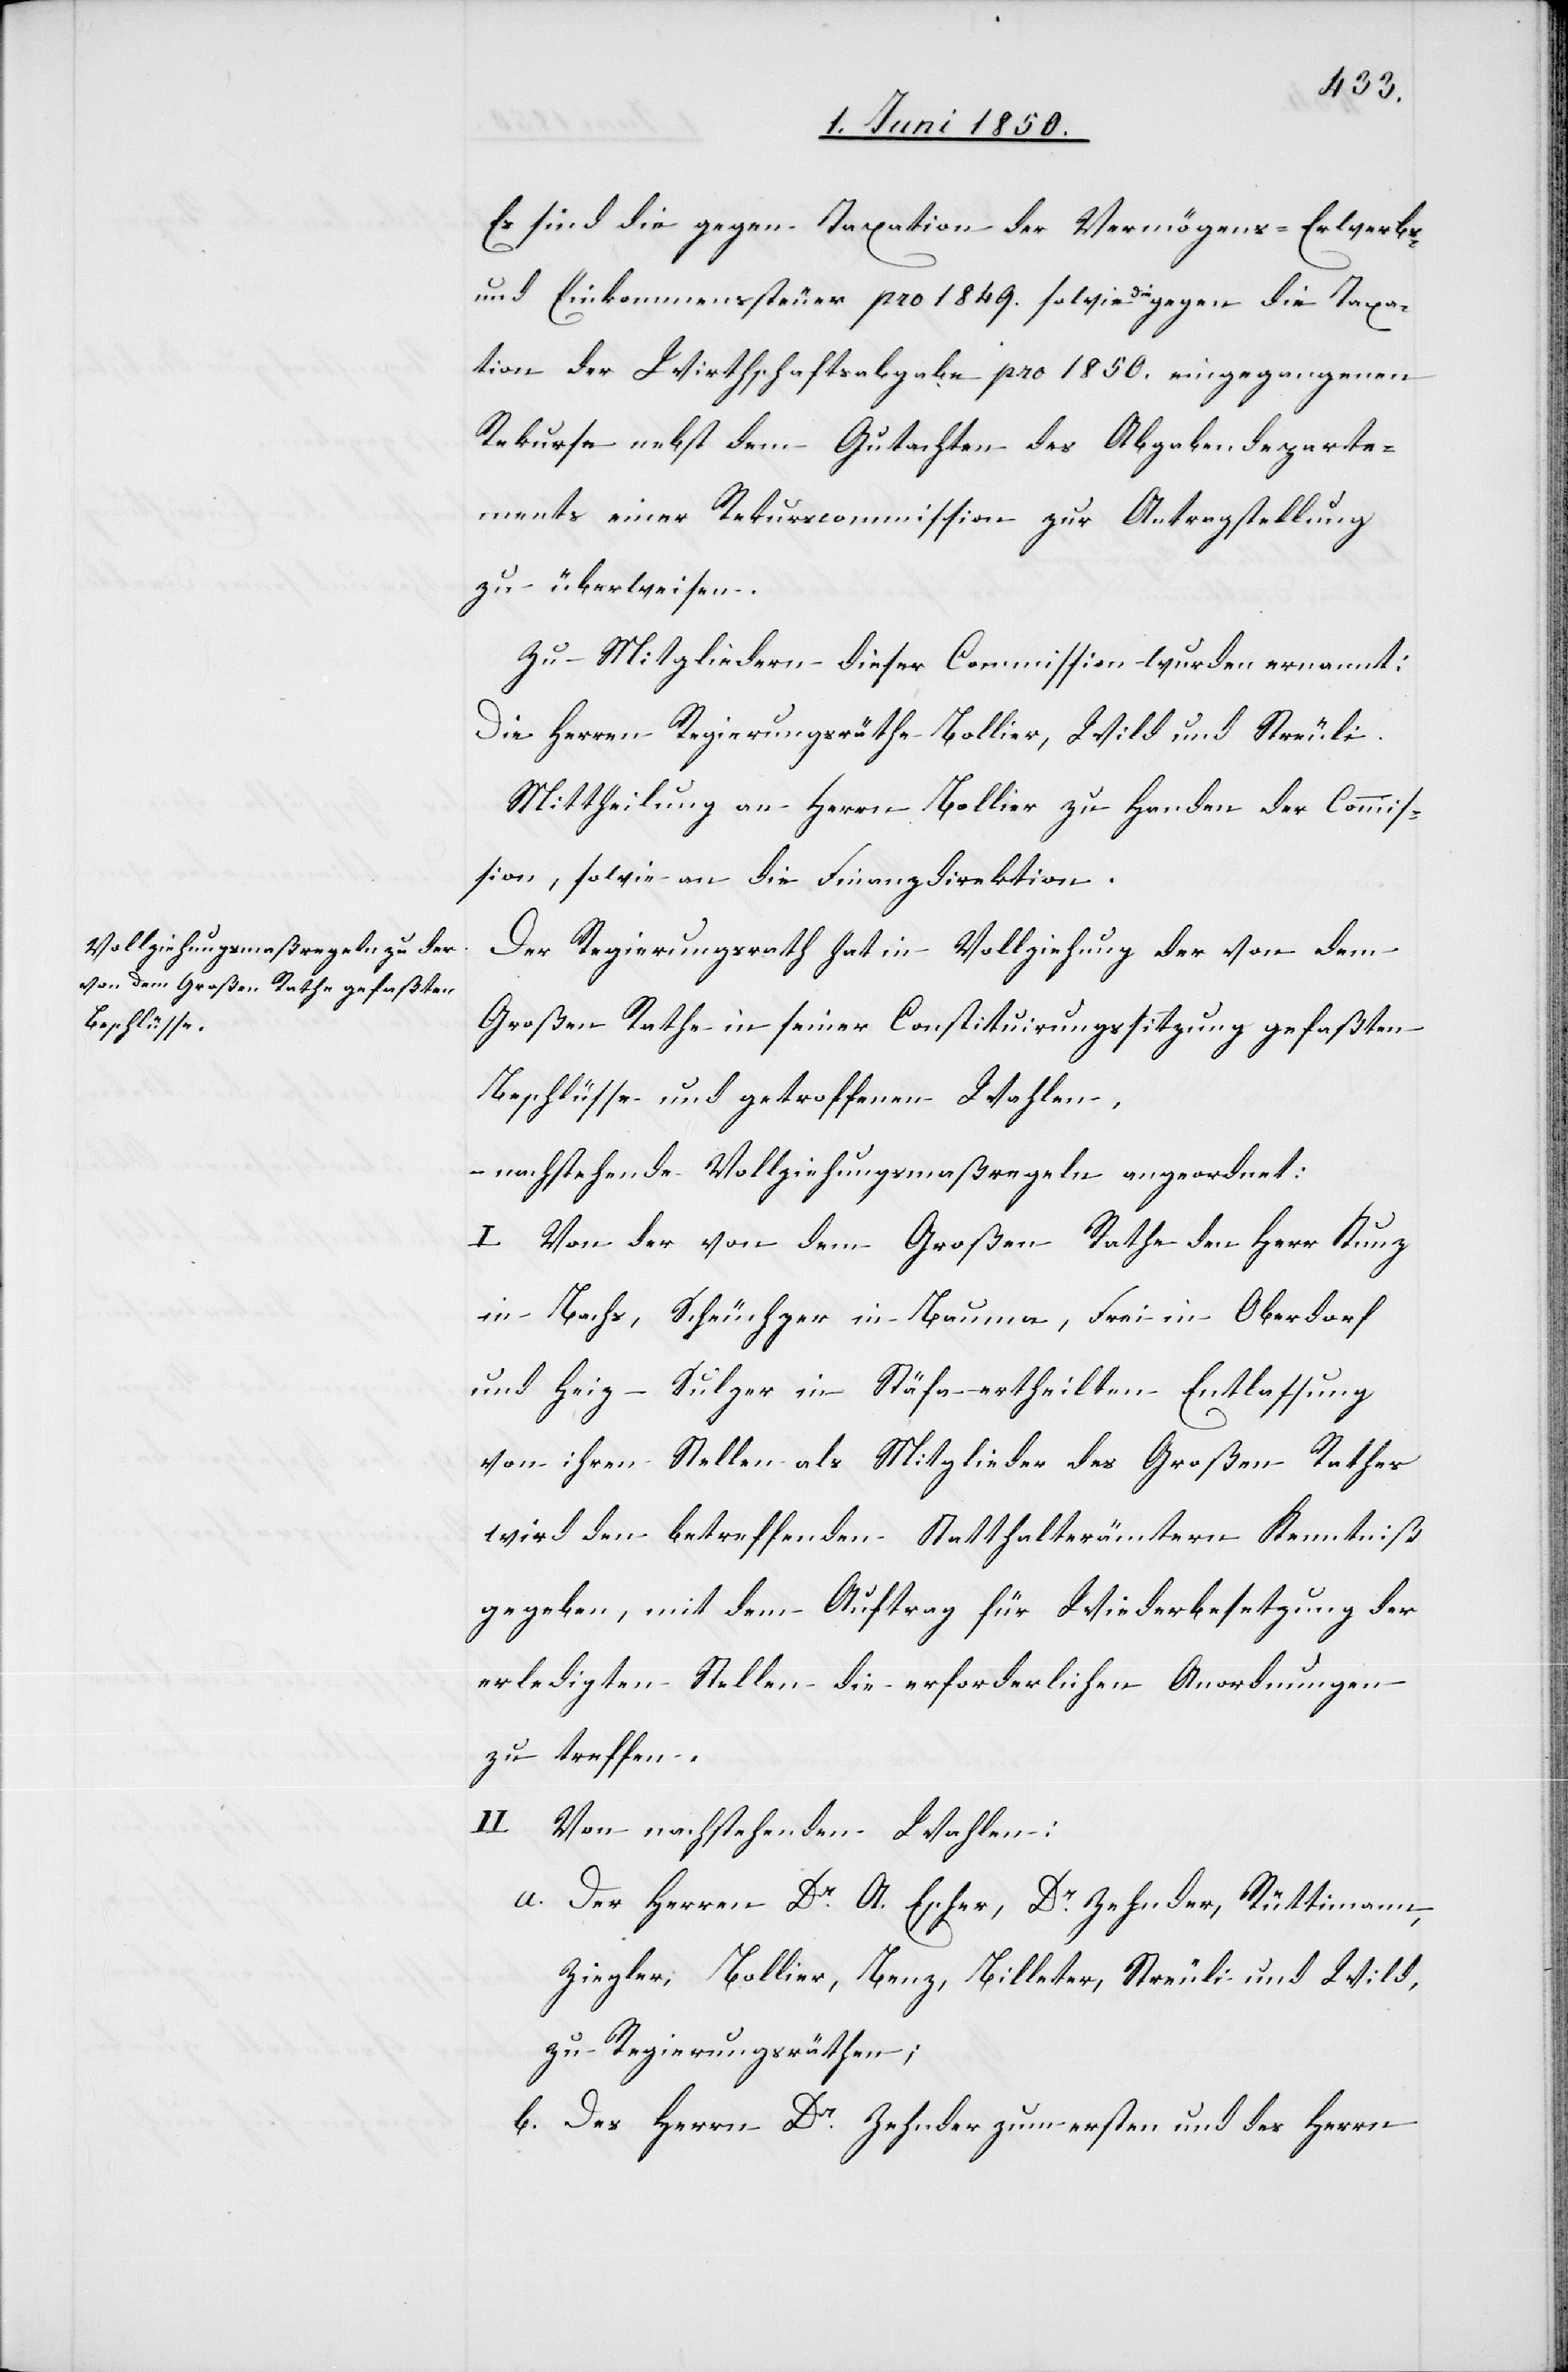
Es sind die gegen Taxation der Vermögens- Erwerbs-
und Einkommenssteuer pro 1849. sowie die gegen die Taxa¬
tion der Wirthschaftsabgabe pro 1850. eingegangenen
Rekurse nebst dem Gutachten des Abgabendeparte¬
ments einer Rekurscommission zur Antragstellung
zu überweisen.
Zu Mitgliedern dieser Commission wurden ernannt:
Die Herren Regierungsräthe Bollier, Wild und Streuli.
Mittheilung an Herrn Bollier zu Handen der Commis¬
sion, sowie an die Finanzdirektion.
Der Regierungsrath hat in Vollziehung der von dem
Großen Rathe in seiner Constituirungssitzung gefaßten
Beschlüsse und getroffenen Wahlen,
– nachstehende Vollziehungsmaßregeln angeordnet:
I. Von der von dem Großen Rathe den Herr Kunz
in Bachs, Scheuchzer in Bauma, Frei in Oberdorf
und Heiz-Sulzer in Stäfa ertheilten Entlassung
von ihren Stellen als Mitglieder des Großen Rathes
wird den betreffenden Statthalterämtern Kenntniß
gegeben, mit dem Auftrag für Wiederbesetzung der
erledigten Stellen die erforderlichen Anordnungen
zu treffen.
II. Von nachstehenden Wahlen:
a. Der Herren Dr A. Escher, Dr Zehnder, Rüttimann,
Ziegler, Bollier, Benz, Billeter, Streuli und Wild,
zu Regierungsräthen;
b. Des Herrn Dr Zehnder zum ersten und des Herrn